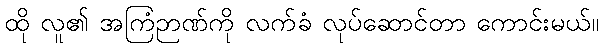
ထို လူ၏ အကြံဉာဏ်ကို လက်ခံ လုပ်ဆောင်တာ ကောင်းမယ်။